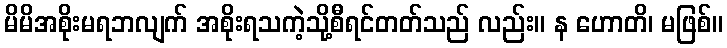
မိမိအစိုးမရဘလျက် အစိုးရသကဲ့သို့စီရင်တတ်သည် လည်း။ န ဟောတိ၊ မဖြစ်။